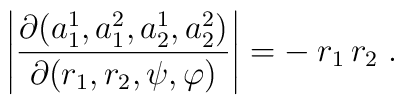
\left| \frac{\partial(a_1^1, a_1^2, a_2^1, a_2^2)}    {\partial (r_1, r_2, \psi, \varphi)} \right|  = -\: r_1 \, r_2 \; .